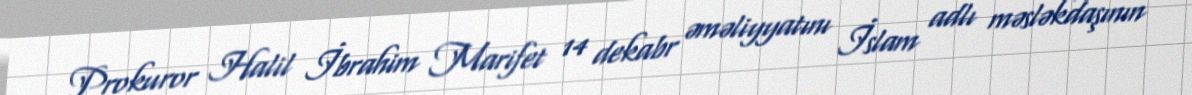
Prokuror Halil İbrahim Marifet 14 dekabr əməliyyatını İslam adlı məsləkdaşının